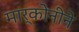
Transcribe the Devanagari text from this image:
मार्कोनीने